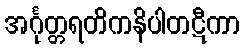
အင်္ဂုတ္တရတိကနိပါတဋီကာ